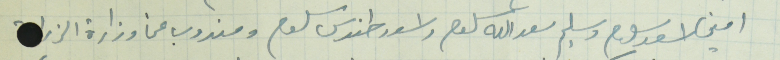
امين اسعد سلوم وسليم سعدالله سلوم واسعد طنوس سلوم ومندوب عن وزارة الزراعة